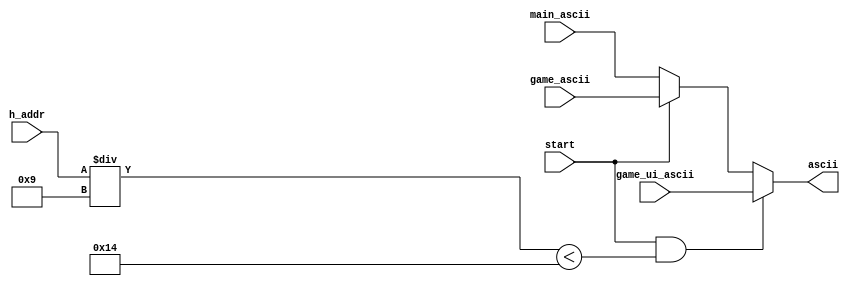
module get_ascii(
	input start,
	input[7:0] game_ui_ascii,
	input[7:0] game_ascii,
	input [7:0] main_ascii,
	input [9:0] h_addr,
	output reg [7:0] ascii);//ASCII
	
always@(*)
begin
	
	if(start&&((h_addr/9)<20))
		ascii=game_ui_ascii;
	else if(start)
		ascii=game_ascii;
	else
		ascii=main_ascii;
end	

endmodule